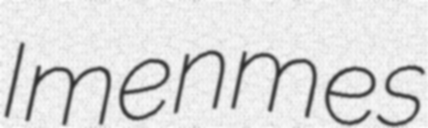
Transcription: Imenmes